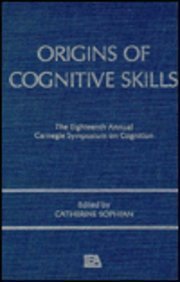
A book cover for Origins of Cognitive Skills: The 18th Annual Carnegie Mellon Symposium on Cognition (Carnegie Mellon Symposia on Cognition Series); Medical Books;